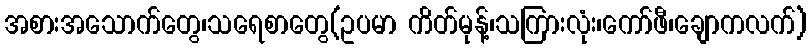
အစားအသောက်တွေ၊သရေစာတွေ(ဥပမာ ကိတ်မုန့်၊သကြားလုံး၊ကော်ဖီ၊ချောကလက်)